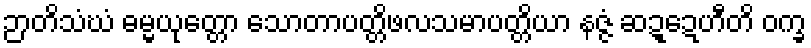
ဉာတိသံဃံ ဓမ္မယုတ္တော သောတာပတ္တိဖလသမာပတ္တိယာ နဇ္ဇံ ဆဍ္ဍေဟီတိ ဝက္ခ